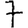
Digit: 7